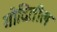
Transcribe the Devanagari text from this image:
गोदितील